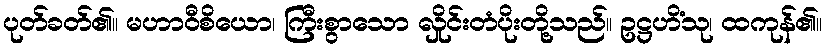
ပုတ်ခတ်၏။ မဟာဝီစိယော၊ ကြီးစွာသော လှိုင်းတံပိုးတို့သည်။ ဥဋ္ဌဟိံသု၊ ထကုန်၏။